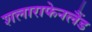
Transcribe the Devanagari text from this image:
शलाराफेनलैंड